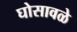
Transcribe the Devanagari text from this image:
घोसावळे